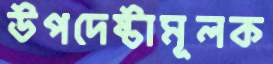
উপদেষ্টামূলক